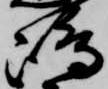
嶋